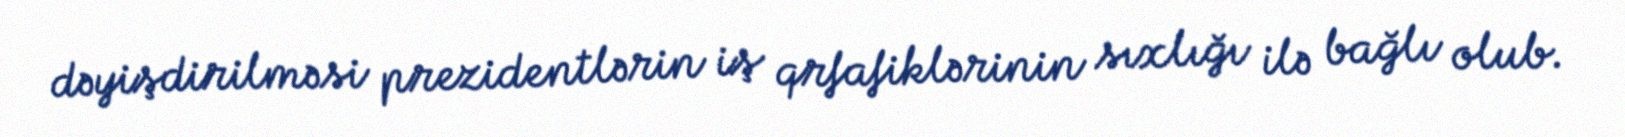
dəyişdirilməsi prezidentlərin iş qrfafiklərinin sıxlığı ilə bağlı olub.